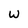
Character: w